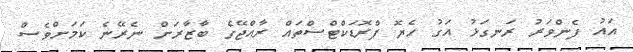
އައު ފެންވަރު ރަނގަޅު އަގު ހެޔޮ ޕްރޮޑަކްޓްސްތައް ރާއްޖޭގެ ބާޒާރަށް ނެރޭނެ ކަމަށްވެސް